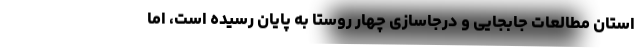
استان مطالعات جابجایی و درجاسازی چهار روستا به پایان رسیده است، اما